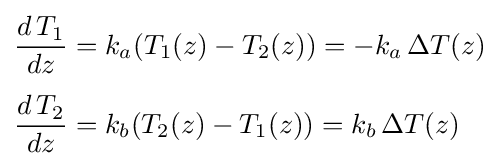
{\begin{aligned}{\frac {d\,T_{1}}{dz}}&=k_{a}(T_{1}(z)-T_{2}(z))=-k_{a}\,\Delta T(z)\\[4pt]{\frac {d\,T_{2}}{dz}}&=k_{b}(T_{2}(z)-T_{1}(z))=k_{b}\,\Delta T(z)\end{aligned}}